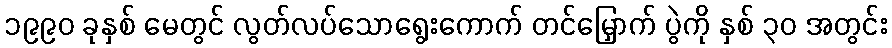
၁၉၉၀ ခုနှစ် မေတွင် လွတ်လပ်သောရွေးကောက် တင်မြှောက် ပွဲကို နှစ် ၃၀ အတွင်း